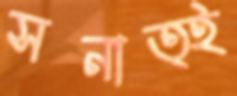
সনাত্ই